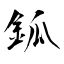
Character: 鈲